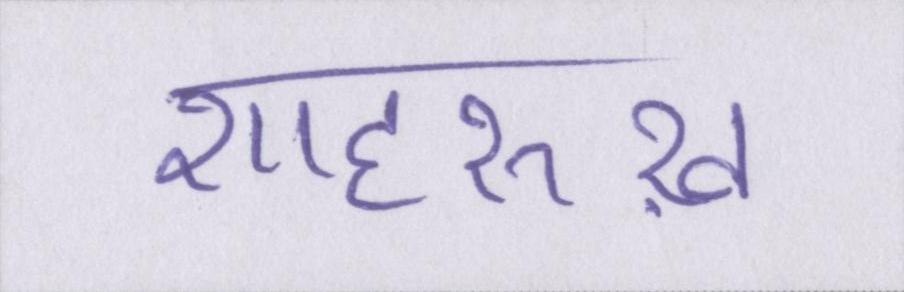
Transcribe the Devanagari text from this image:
शाहरुख़